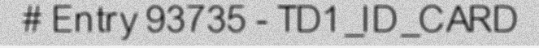
# Entry 93735 - TD1_ID_CARD